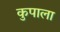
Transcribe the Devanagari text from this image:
कुपाला